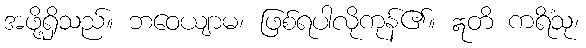
အဖို့ရှိသည်။ ဘဝေယျာမ၊ ဖြစ်ရပါလိုကုန်၏။ ဣတိ ကရိံသု၊